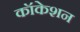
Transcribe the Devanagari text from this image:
कॉकेशन